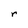
Character: r